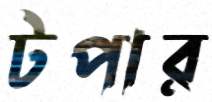
টপার